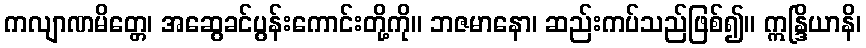
ကလျာဏမိတ္တေ၊ အဆွေခင်ပွန်းကောင်းတို့ကို။ ဘဇမာနော၊ ဆည်းကပ်သည်ဖြစ်၍။ ဣန္ဒြိယာနိ၊